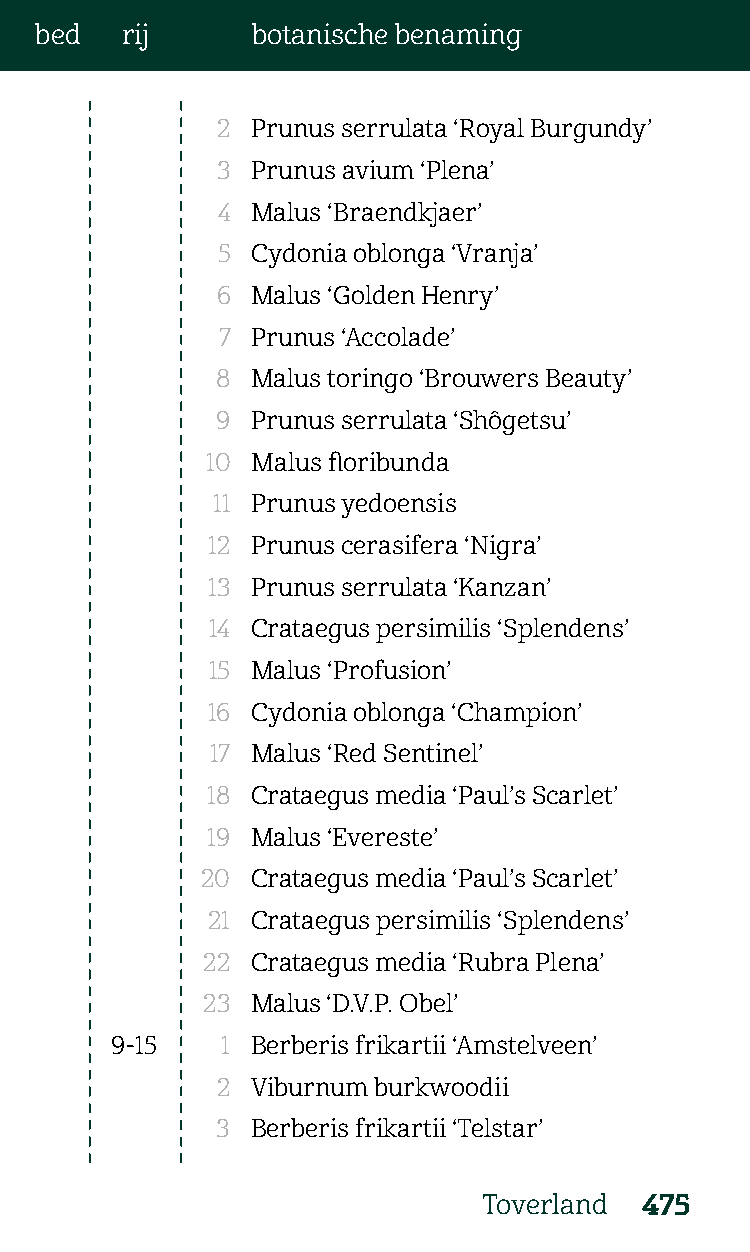
bed   rij      botanische benaming
 2  Prunus serrulata ‘Royal Burgundy’
 3  Prunus avium ‘Plena’
 4  Malus ‘Braendkjaer’
 5  Cydonia oblonga ‘Vranja’
 6  Malus ‘Golden Henry’
 7  Prunus ‘Accolade’
 8  Malus toringo ‘Brouwers Beauty’
 9  Prunus serrulata ‘Shôgetsu’
 10 Malus floribunda
 11 Prunus yedoensis
 12 Prunus cerasifera ‘Nigra’
 13 Prunus serrulata ‘Kanzan’
 14 Crataegus persimilis ‘Splendens’
 15 Malus ‘Profusion’
 16 Cydonia oblonga ‘Champion’
 17 Malus ‘Red Sentinel’
 18 Crataegus media ‘Paul’s Scarlet’
 19 Malus ‘Evereste’
 20  Crataegus media ‘Paul’s Scarlet’
 21 Crataegus persimilis ‘Splendens’
 22  Crataegus media ‘Rubra Plena’
 23  Malus ‘D.V.P. Obel’
 9-15    1 Berberis frikartii ‘Amstelveen’
 2  Viburnum burkwoodii
 3  Berberis frikartii ‘Telstar’
 Toverland  475